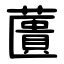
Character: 䕚